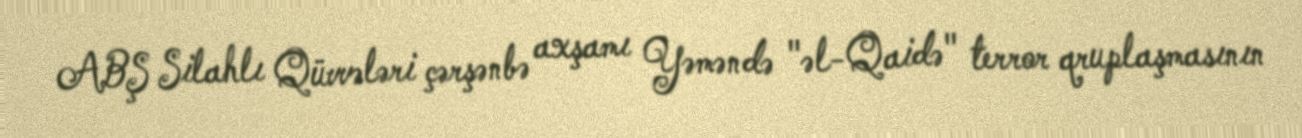
ABŞ Silahlı Qüvvələri çərşənbə axşamı Yəməndə "əl-Qaidə" terror qruplaşmasının